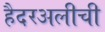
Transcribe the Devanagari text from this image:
हैदरअलीची